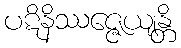
ပဋိနိဿဇ္ဇေယျန္တိ